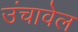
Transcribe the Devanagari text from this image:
उंचावेल